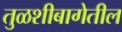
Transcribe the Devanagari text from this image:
तुळशीबागेतील